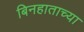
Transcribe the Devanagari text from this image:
बिनहाताच्या